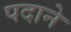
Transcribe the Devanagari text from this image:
पदाने